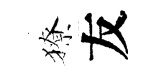
獠友